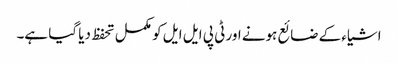
اشیاء کے ضائع ہونے اور ٹی پی ایل ایل کو مکمل تحفظ دیا گیا ہے۔